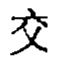
交